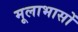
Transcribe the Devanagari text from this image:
मूलाभासों